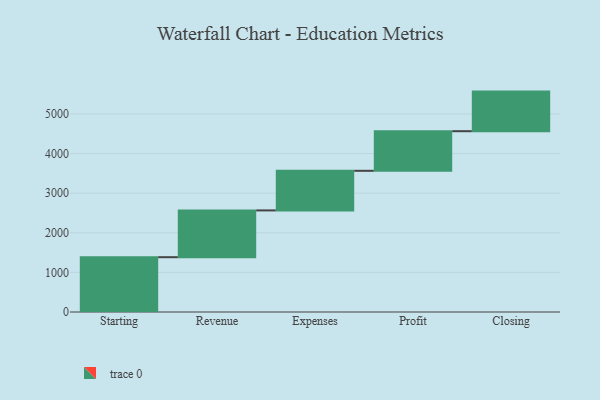
{"axis": {"x": "Step", "y": "Value"}, "legend": [""], "data": [{"x": "Starting", "y": 1384.0, "type": ""}, {"x": "Revenue", "y": 1181.0, "type": ""}, {"x": "Expenses", "y": 1000, "type": ""}, {"x": "Profit", "y": 1000, "type": ""}, {"x": "Closing", "y": 1000, "type": ""}]}